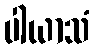
ပါယာသံ